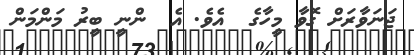
ޖަނަވާރަށް ގޮވާ މީހާގެ  އެވެ. އެ  ންނީ ބީރު މަންމަން